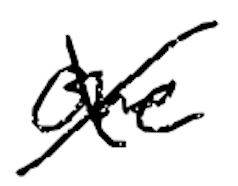
Text: one
Cross-out: mix
Writing tool: digital_black